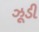
ઝૂડી